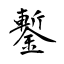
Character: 鏨